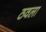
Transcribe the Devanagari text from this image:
ठवला